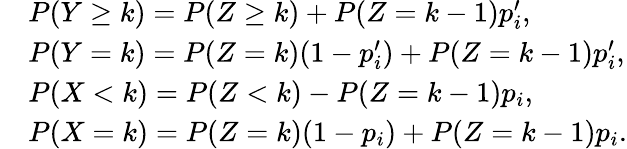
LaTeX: \begin{array}{rl}&{P(Y\geq k)=P(Z\geq k)+P(Z=k-1)p_{i}^{\prime},}\\ &{P(Y=k)=P(Z=k)(1-p_{i}^{\prime})+P(Z=k-1)p_{i}^{\prime},}\\ &{P(X<k)=P(Z<k)-P(Z=k-1)p_{i},}\\ &{P(X=k)=P(Z=k)(1-p_{i})+P(Z=k-1)p_{i}.}\end{array}